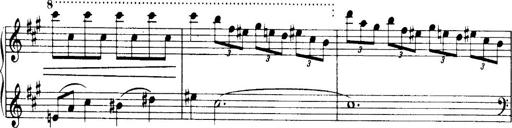
Title: 3 Sonatinas, Op.67
Composer: Jean Sibelius